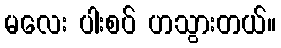
မလေး ပါးစပ် ဟသွားတယ်။